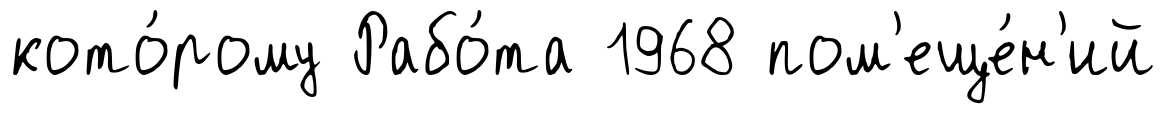
кото́рому Рабо́та 1968 пом'еще́н'ий